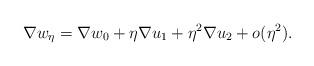
LaTeX: \begin{align*}\nabla w_\eta = \nabla w_0 + \eta \nabla u_1 + \eta^2 \nabla u_2 + o(\eta^2).\end{align*}